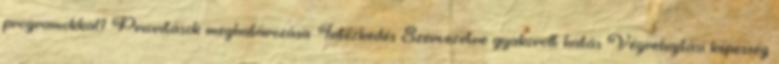
programokkal? Prioritások meghatározása: Intézkedés Szervezetre gyakorolt hatás Végrehajtási képesség